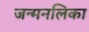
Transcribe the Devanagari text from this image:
जन्मनलिका